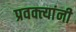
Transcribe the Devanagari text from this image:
प्रवक्त्यांनी